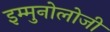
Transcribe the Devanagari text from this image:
इम्मुनोलोजी